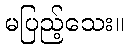
မပြည့်သေး။